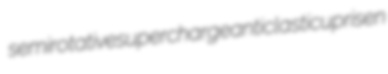
semirotative supercharge anticlastic uprisen